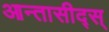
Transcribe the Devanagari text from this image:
आन्तासीद्स्